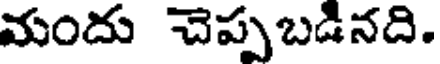
మందు చెప్పబడినది.